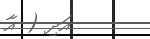
އަދި ( އާ